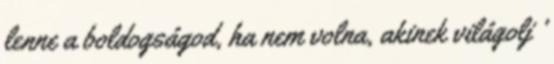
lenne a boldogságod, ha nem volna, akinek világolj ’